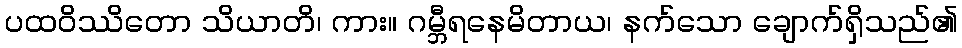
ပထဝိဿိတော သိယာတိ၊ ကား။ ဂမ္ဘီရနေမိတာယ၊ နက်သော ချောက်ရှိသည်၏